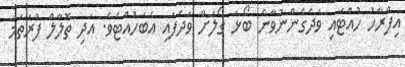
އިފްރާހު ހުއްޓައި ވަދެގެންނުވާނެ ބޯޅަ ގޯލަށް ވަދެފައި އެބަހުއްޓެވެ. އަދި ތޮލާލް ފުރަތަމަ